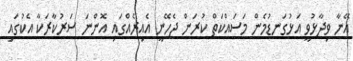
އޭނާ ވިދާޅުވީ އަޅުގަނޑުމެން މަސައްކަތް ކުރަން ޖެހޭނީ އެއިރެއްގައި އޮންނަ ސަރުކާރަކާ އެކުގައި